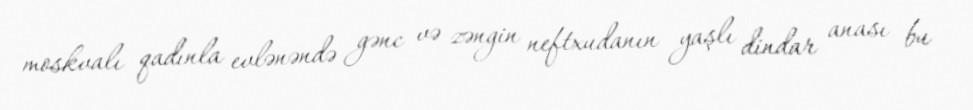
moskvalı qadınla evlənəndə gənc və zəngin neftxudanın yaşlı dindar anası bu